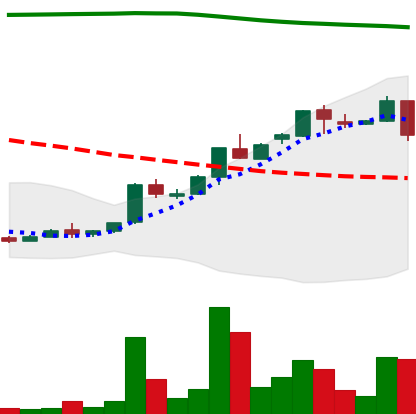
Ticker: ADA-USD
Chart end date: 2018-04-25
Forward return: 26.381%
Label: up_7plus